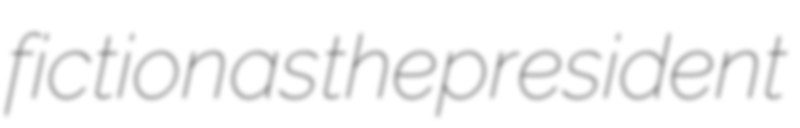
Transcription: fiction as the president